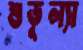
শুভূল্যা